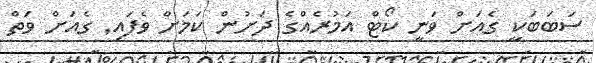
ސަބަބަކީ ގެއަށް ވަނީ ކޯޓް އަމުރެއްގެ ދަށުން ކަމަށް ވެފައި